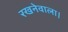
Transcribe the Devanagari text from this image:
रखनेवाला।